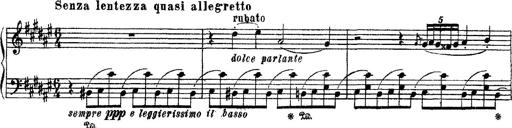
Title: Apparitions
Composer: Franz Liszt